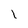
Character: l